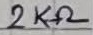
Text: 2KΩ